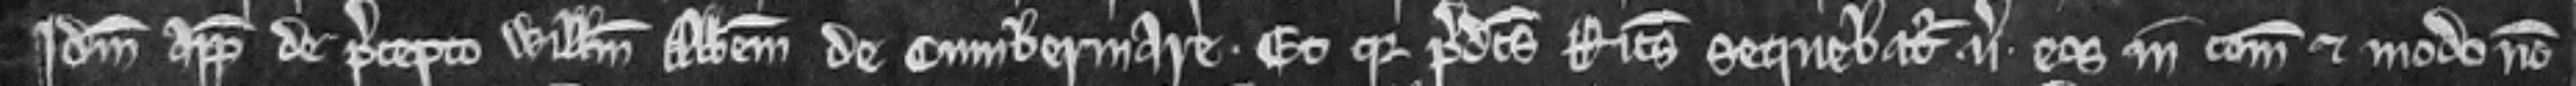
Idem appellavit de precepto Willelmum Abbatem de Cumbermare. Et quia predictus Ricardus sequebatur versus eos in comitatu et modo non